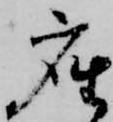
座